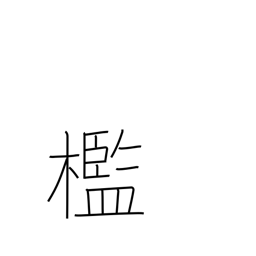
Meaning: cell